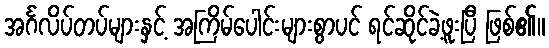
အင်္ဂလိပ်တပ်များနှင့် အကြိမ်ပေါင်းများစွာပင် ရင်ဆိုင်ခဲ့ဖူးပြီ ဖြစ်၏။